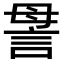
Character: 𧦥